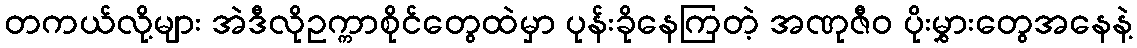
တကယ်လို့များ အဲဒီလိုဥက္ကာစိုင်တွေထဲမှာ ပုန်းခိုနေကြတဲ့ အဏုဇီဝ ပိုးမွှားတွေအနေနဲ့